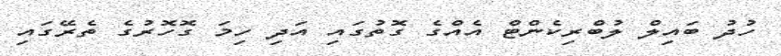
ހުދު ބައިލް ލުބްރިކެންޓް އެއްގެ ގޮތުގައި އަދި ހިމަ ގޮހޮރުގެ ތެރޭގައި